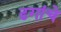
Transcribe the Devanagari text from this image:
ढगांचे